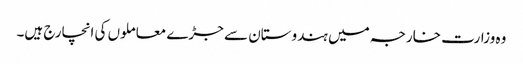
وہ وزارت خارجہ میں ہندوستان سے جڑے معاملوں کی انچارج ہیں۔